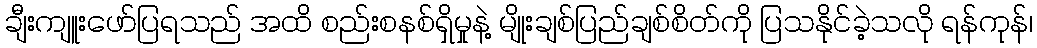
ချီးကျူးဖော်ပြရသည် အထိ စည်းစနစ်ရှိမှုနဲ့ မျိုးချစ်ပြည်ချစ်စိတ်ကို ပြသနိုင်ခဲ့သလို ရန်ကုန်၊